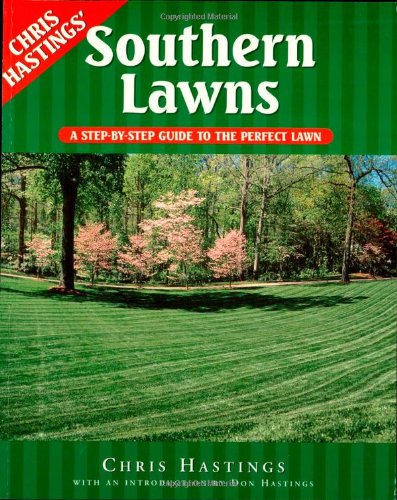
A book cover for Southern Lawns: A Step-by-Step Guide to the Perfect Lawn; Chris Hastings; Crafts, Hobbies & Home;